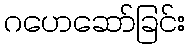
ဂဟေဆော်ခြင်း